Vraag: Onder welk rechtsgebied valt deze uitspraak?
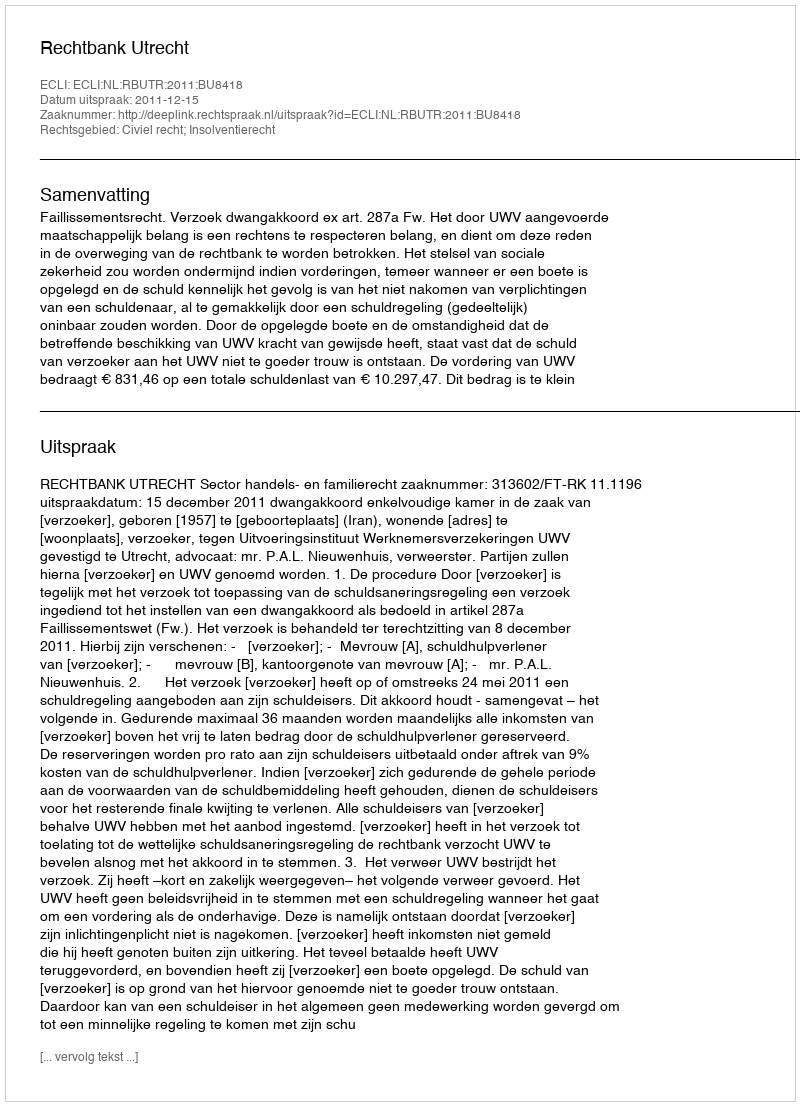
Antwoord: Civiel recht; Insolventierecht